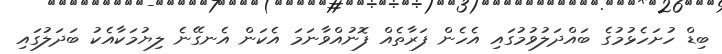
ބިޑް ހުށަހެޅުމުގެ ބައްދަލުވުމުގައި އެހެން ފަރާތެއް ފޮނުއްވާނަމަ އެކަން އެނގޭނެ ލިޔުމަކާއެކު ބަދަލުގައި